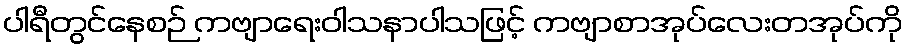
ပါရီတွင်နေစဉ် ကဗျာရေးဝါသနာပါသဖြင့် ကဗျာစာအုပ်လေးတအုပ်ကို